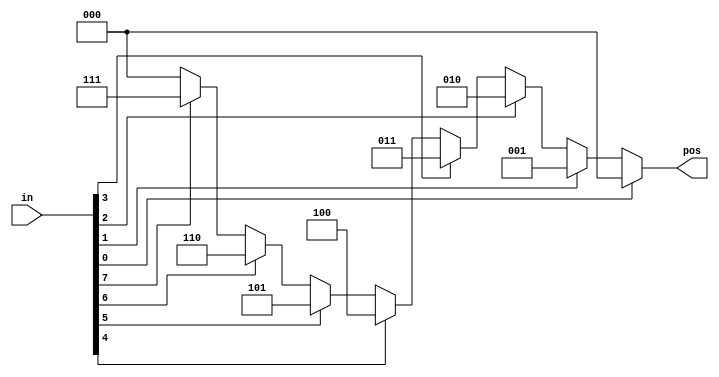
// synthesis verilog_input_version verilog_2001
module top_module (
    input [7:0] in,
    output reg [2:0] pos  );

    always @(*) begin
        casez (in)
            8'bzzzzzzz1: pos = 3'h0;
            8'bzzzzzz1z: pos = 3'h1;
            8'bzzzzz1zz: pos = 3'h2;
            8'bzzzz1zzz: pos = 3'h3;
            8'bzzz1zzzz: pos = 3'h4;
            8'bzz1zzzzz: pos = 3'h5;
            8'bz1zzzzzz: pos = 3'h6;
            8'b1zzzzzzz: pos = 3'h7;
            default: pos = 3'h0;

        endcase
    end

endmodule